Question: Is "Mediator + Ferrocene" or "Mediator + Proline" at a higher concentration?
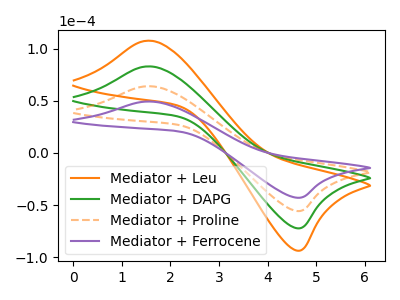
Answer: <think>The orange curve "Mediator + Leu" has an anodic peak at (1.50V, 192.15uA) and a cathodic peak at (4.65V, -166.95uA). The green curve "Mediator + DAPG" has an anodic peak at (1.50V, 128.10uA) and a cathodic peak at (4.65V, -111.30uA). The orange dashed curve "Mediator + Proline" has an anodic peak at (1.50V, 64.05uA) and a cathodic peak at (4.65V, -55.65uA). The purple curve "Mediator + Ferrocene" has an anodic peak at (1.50V, 49.40uA) and a cathodic peak at (4.65V, -42.90uA).
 All the peaks in "Mediator + Ferrocene" have a peak in "Mediator + Proline" at the same potential. Every peak in "Mediator + Ferrocene" is lower than every peak in "Mediator + Proline".</think>
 <answer>"Mediator + Ferrocene" has less signal than "Mediator + Proline" and so likely has a lower concentration.</answer>
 <eval>less_concentration</eval>